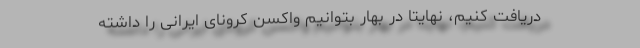
دریافت کنیم، نهایتا در بهار بتوانیم واکسن کرونای ایرانی را داشته